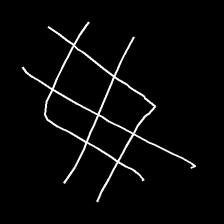
Glyph: crystal